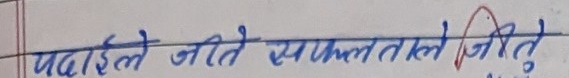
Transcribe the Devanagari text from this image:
पढाइले जीति सफलताले जीतु